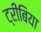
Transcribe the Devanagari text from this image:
ट्रीबिया